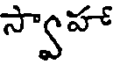
స్వాహా